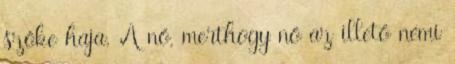
szőke haja. A nő, merthogy nő az illető némi